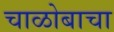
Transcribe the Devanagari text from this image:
चाळोबाचा